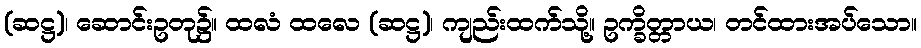
(ဆဋ္ဌ)၊ ဆောင်းဥတု၌။ ထလံ ထလေ (ဆဋ္ဌ)၊ ကျည်းထက်သို့။ ဥက္ခိတ္တာယ၊ တင်ထားအပ်သော။